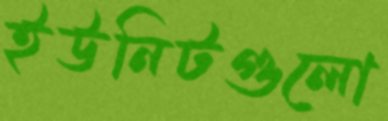
ইউনিটগুলো